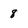
Character: 8